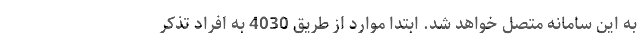
به این سامانه متصل خواهد شد. ابتدا موارد از طریق 4030 به افراد تذکر